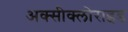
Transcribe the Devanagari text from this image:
अक्‍सीक्‍लोराइड